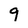
Character: 9